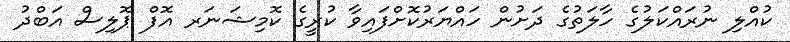
ކުއްލި ނުރައްކަލުގެ ހާލަތުގެ ދަށުން ހައްޔަރުކޮށްފައިވާ ކުރީގެ ކޮމިޝަނަރ އޮފް ޕޮލިސް އަބްދު